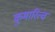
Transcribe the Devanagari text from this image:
कुमारित्व